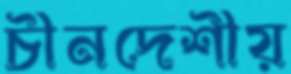
চীনদেশীয়